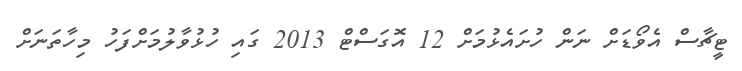
ޓީޗާސް އެވޯޑަށް ނަން ހުށައެޅުމަށް 12 އޮގަސްޓް 2013 ގައި ހުޅުވާލުމަށްފަހު މިހާތަނަށް